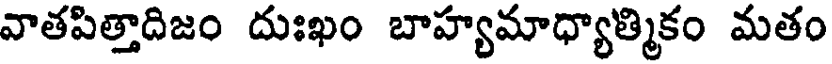
వాతపిత్తాదిజం దుఃఖం బాహ్యమాధ్యాత్మికం మతం